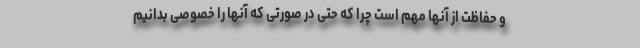
و حفاظت از آنها مهم است چرا که حتی در صورتی که آنها را خصوصی بدانیم